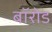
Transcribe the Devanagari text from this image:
बॉरोड